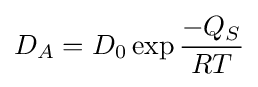
D_{A}=D_{0}\exp {\frac {-Q_{S}}{RT}}